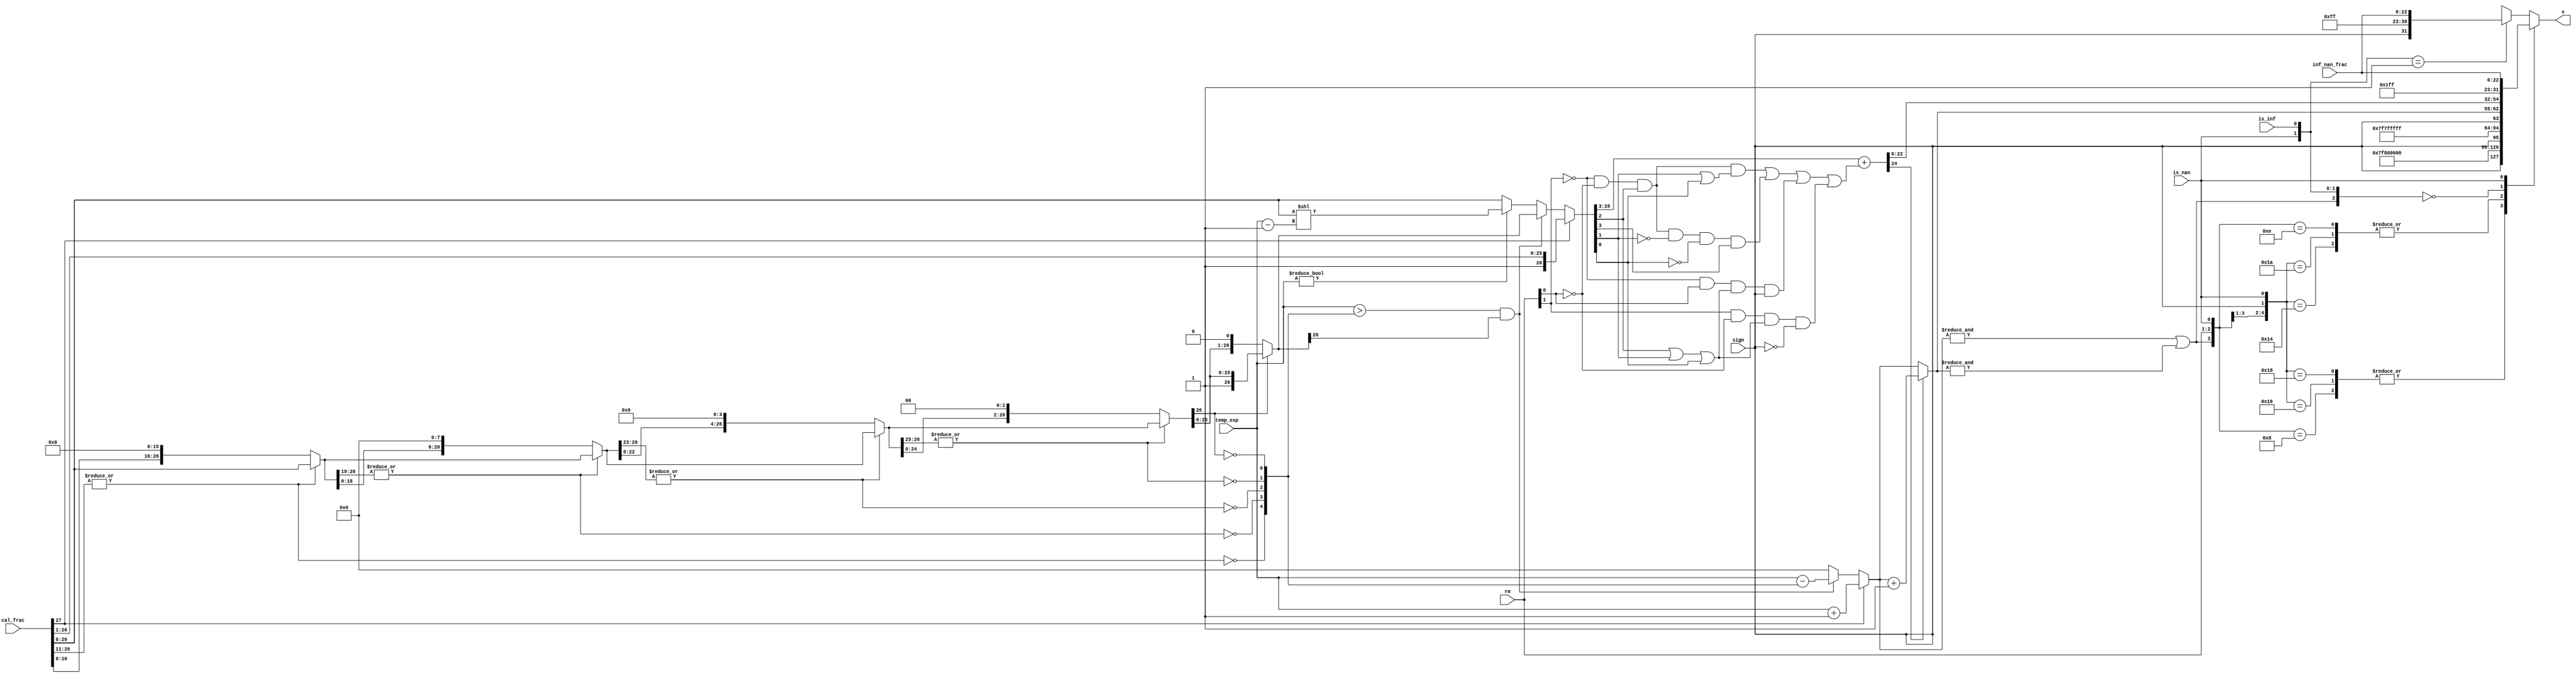
/************************************************
  The Verilog HDL code example is from the book
  Computer Principles and Design in Verilog HDL
  by Yamin Li, published by A JOHN WILEY & SONS
************************************************/
module fadd_norm (rm,is_nan,is_inf,inf_nan_frac,sign,temp_exp,cal_frac,s);
    input  [27:0] cal_frac;
    input  [22:0] inf_nan_frac;
    input   [7:0] temp_exp;
    input   [1:0] rm;
    input         is_nan,is_inf;
    input         sign;
    output [31:0] s;
    wire   [26:0] f4,f3,f2,f1,f0;
    wire    [4:0] zeros;
    assign        zeros[4] = ~|cal_frac[26:11];                  // 16-bit 0
    assign        f4 = zeros[4]? {cal_frac[10:0],16'b0} : cal_frac[26:0];
    assign        zeros[3] = ~|f4[26:19];                        //  8-bit 0
    assign        f3 = zeros[3]? {f4[18:0], 8'b0} : f4;
    assign        zeros[2] = ~|f3[26:23];                        //  4-bit 0
    assign        f2 = zeros[2]? {f3[22:0], 4'b0} : f3;
    assign        zeros[1] = ~|f2[26:25];                        //  2-bit 0
    assign        f1 = zeros[1]? {f2[24:0], 2'b0} : f2;
    assign        zeros[0] = ~f1[26];                            //  1-bit 0
    assign        f0 = zeros[0]? {f1[25:0], 1'b0} : f1;
    reg    [26:0] frac0;
    reg     [7:0] exp0;
    always @ * begin
        if (cal_frac[27]) begin 
            frac0 = cal_frac[27:1];        // 1x.xxxxxxxxxxxxxxxxxxxxxxx xxx
            exp0 = temp_exp + 8'h1;        //  1.xxxxxxxxxxxxxxxxxxxxxxx xxx
        end else begin
            if ((temp_exp > zeros) && (f0[26])) begin // a normalized number
                exp0 = temp_exp - zeros;
                frac0 = f0;                // 01.xxxxxxxxxxxxxxxxxxxxxxx xxx
            end else begin                 // is a denormalized number or 0
                exp0 = 0;
                if (temp_exp != 0)         // (e - 127) = ((e - 1) - 126)
                  frac0 = cal_frac[26:0] << (temp_exp - 8'h1);
                else frac0 = cal_frac[26:0];
            end
        end
    end
    wire frac_plus_1 =                     // for rounding
         ~rm[1] & ~rm[0] &  frac0[2] & (frac0[1] |  frac0[0]) |
         ~rm[1] & ~rm[0] &  frac0[2] & ~frac0[1] & ~frac0[0]  &  frac0[3] |
         ~rm[1] &  rm[0] & (frac0[2] |  frac0[1] |  frac0[0]) &  sign |
          rm[1] & ~rm[0] & (frac0[2] |  frac0[1] |  frac0[0]) & ~sign;
    wire   [24:0] frac_round = {1'b0,frac0[26:3]} + frac_plus_1;
    wire    [7:0] exponent = frac_round[24]? exp0 + 8'h1 : exp0;
    wire          overflow = &exp0 | &exponent;
    assign s = final_result(overflow, rm, sign, is_nan, is_inf, exponent,
                            frac_round[22:0], inf_nan_frac);
    function  [31:0] final_result;
        input        overflow;
        input  [1:0] rm;
        input        sign, is_nan, is_inf;
        input  [7:0] exponent;
        input [22:0] fraction, inf_nan_frac;
        casex ({overflow, rm, sign, is_nan, is_inf})
            6'b1_00_x_0_x : final_result = {sign,8'hff,23'h000000};   // inf
            6'b1_01_0_0_x : final_result = {sign,8'hfe,23'h7fffff};   // max
            6'b1_01_1_0_x : final_result = {sign,8'hff,23'h000000};   // inf
            6'b1_10_0_0_x : final_result = {sign,8'hff,23'h000000};   // inf
            6'b1_10_1_0_x : final_result = {sign,8'hfe,23'h7fffff};   // max
            6'b1_11_x_0_x : final_result = {sign,8'hfe,23'h7fffff};   // max
            6'b0_xx_x_0_0 : final_result = {sign,exponent,fraction};  // nor
            6'bx_xx_x_1_x : final_result = {1'b1,8'hff,inf_nan_frac}; // nan
            6'bx_xx_x_0_1 : final_result = {sign,8'hff,inf_nan_frac}; // inf
            default       : final_result = {sign,8'h00,23'h000000};   // 0
        endcase
    endfunction
endmodule